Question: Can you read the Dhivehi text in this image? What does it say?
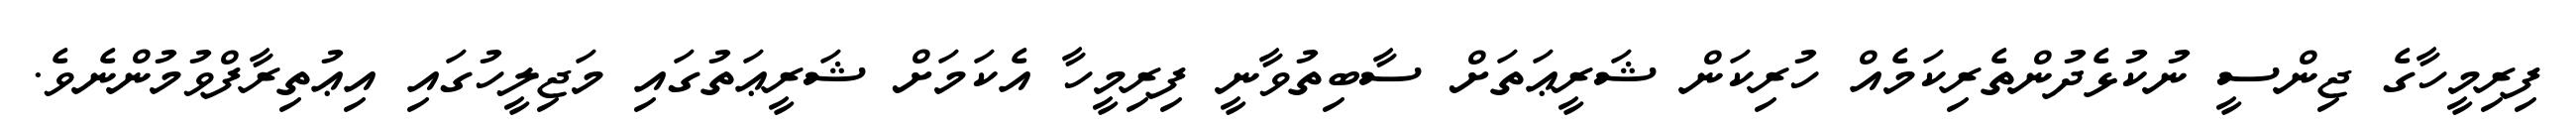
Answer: ފިރިމީހާގެ ޖިންސީ ނުކުޅެދުންތެރިކަމެއް ހުރިކަން ޝަރީޢަތަށް ސާބިތުވާނީ ފިރިމީހާ އެކަމަށް ޝަރީޢަތުގައި މަޖިލީހުގައި އިޢުތިރާފްވުމުންނެވެ.